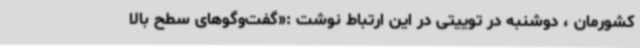
کشورمان ، دوشنبه در توییتی در این ارتباط نوشت :«گفت‌وگوهای سطح بالا